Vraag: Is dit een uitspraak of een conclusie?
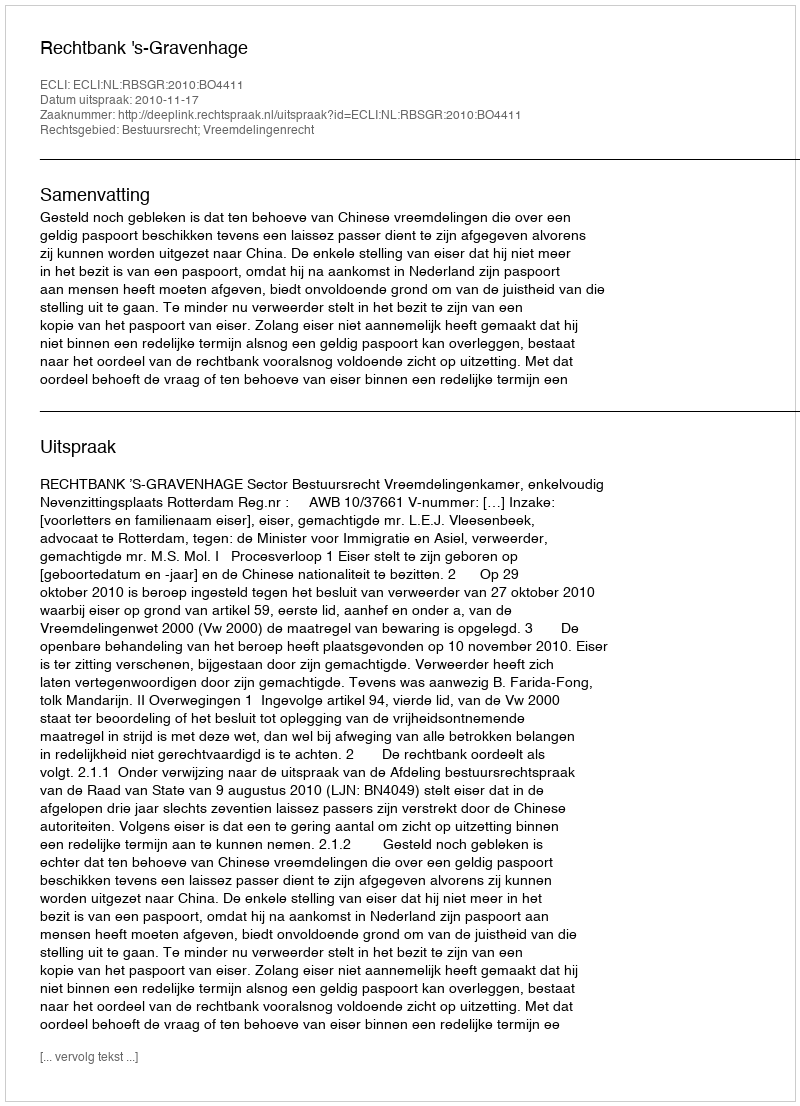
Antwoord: Uitspraak